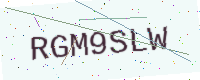
Text: RGM9SLW